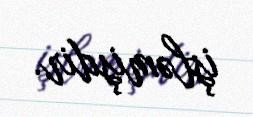
işləmişdir.